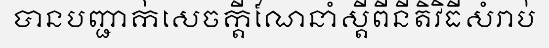
បានបញ្ជាក់សេចក្តីណែនាំស្តីពីនីតិវិធីសំរាប់